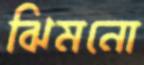
ঝিমনো